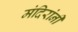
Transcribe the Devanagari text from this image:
मंदिरांनी